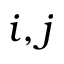
i , j